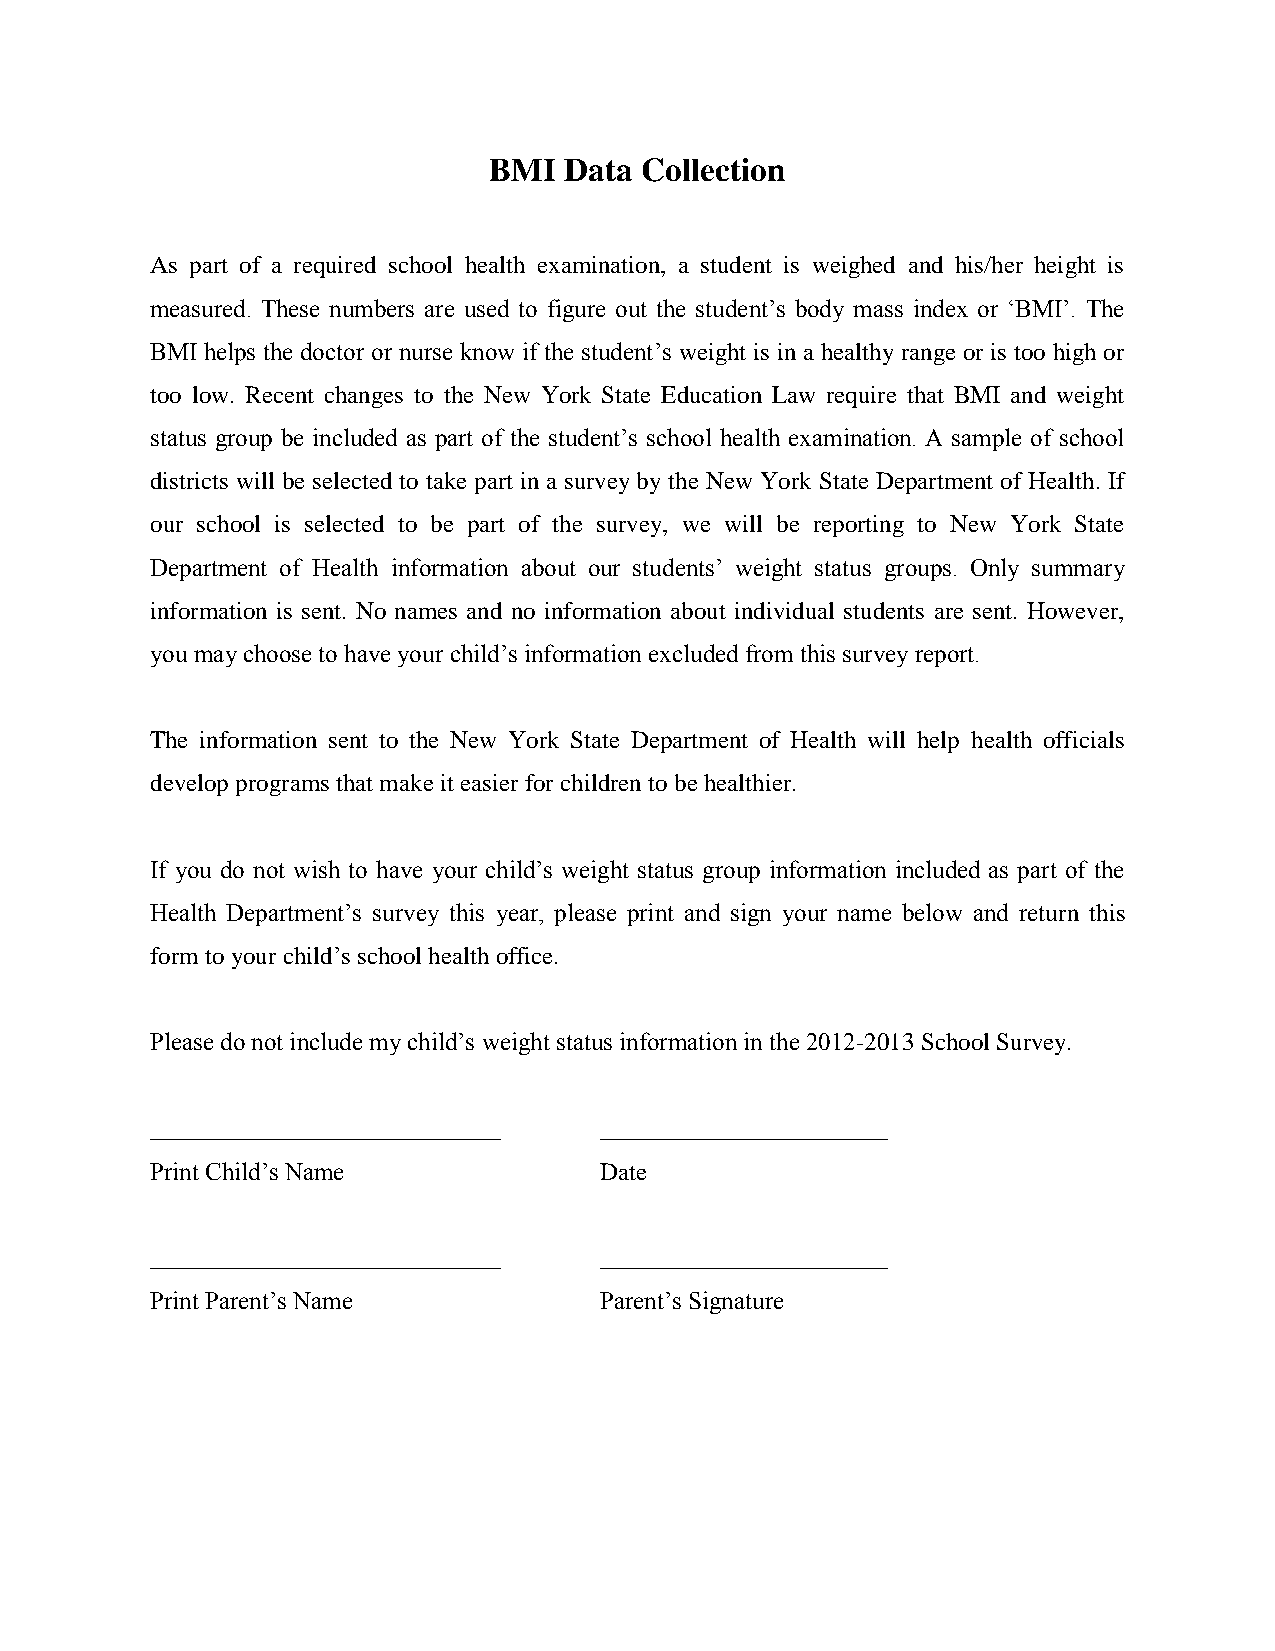
BMI  Data Collection
 As part of a required school health examination, a student is weighed and his/her height is
 measured. These numbers are used to figure out the student’s body mass index or ‘BMI’. The
 BMI helps the doctor or nurse know if the student’s weight is in a healthy range or is too high or
 too low. Recent changes to the New York State Education Law require that BMI and weight
 status group be included as part of the student’s school health examination. A sample of school
 districts will be selected to take part in a survey by the New York State Department of Health. If
 our school is selected to be part of the survey, we will be reporting to New York State
 Department of Health information about our students’ weight status groups. Only summary
 information is sent. No names and no information about individual students are sent. However,
 you may choose to have your child’s information excluded from this survey report.
 The information sent to the New York State Department of Health will help health officials
 develop programs that make it easier for children to be healthier.
 If you do not wish to have your child’s weight status group information included as part of the
 Health Department’s survey this year, please print and sign your name below and return this
 form to your child’s school health office.
 Please do not include my child’s weight status information in the 2012-2013 School Survey.
 ____________________________  _______________________
 Print Child’s Name            Date
 ____________________________  _______________________
 Print Parent’s Name           Parent’s Signature